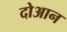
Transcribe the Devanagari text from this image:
दोआन